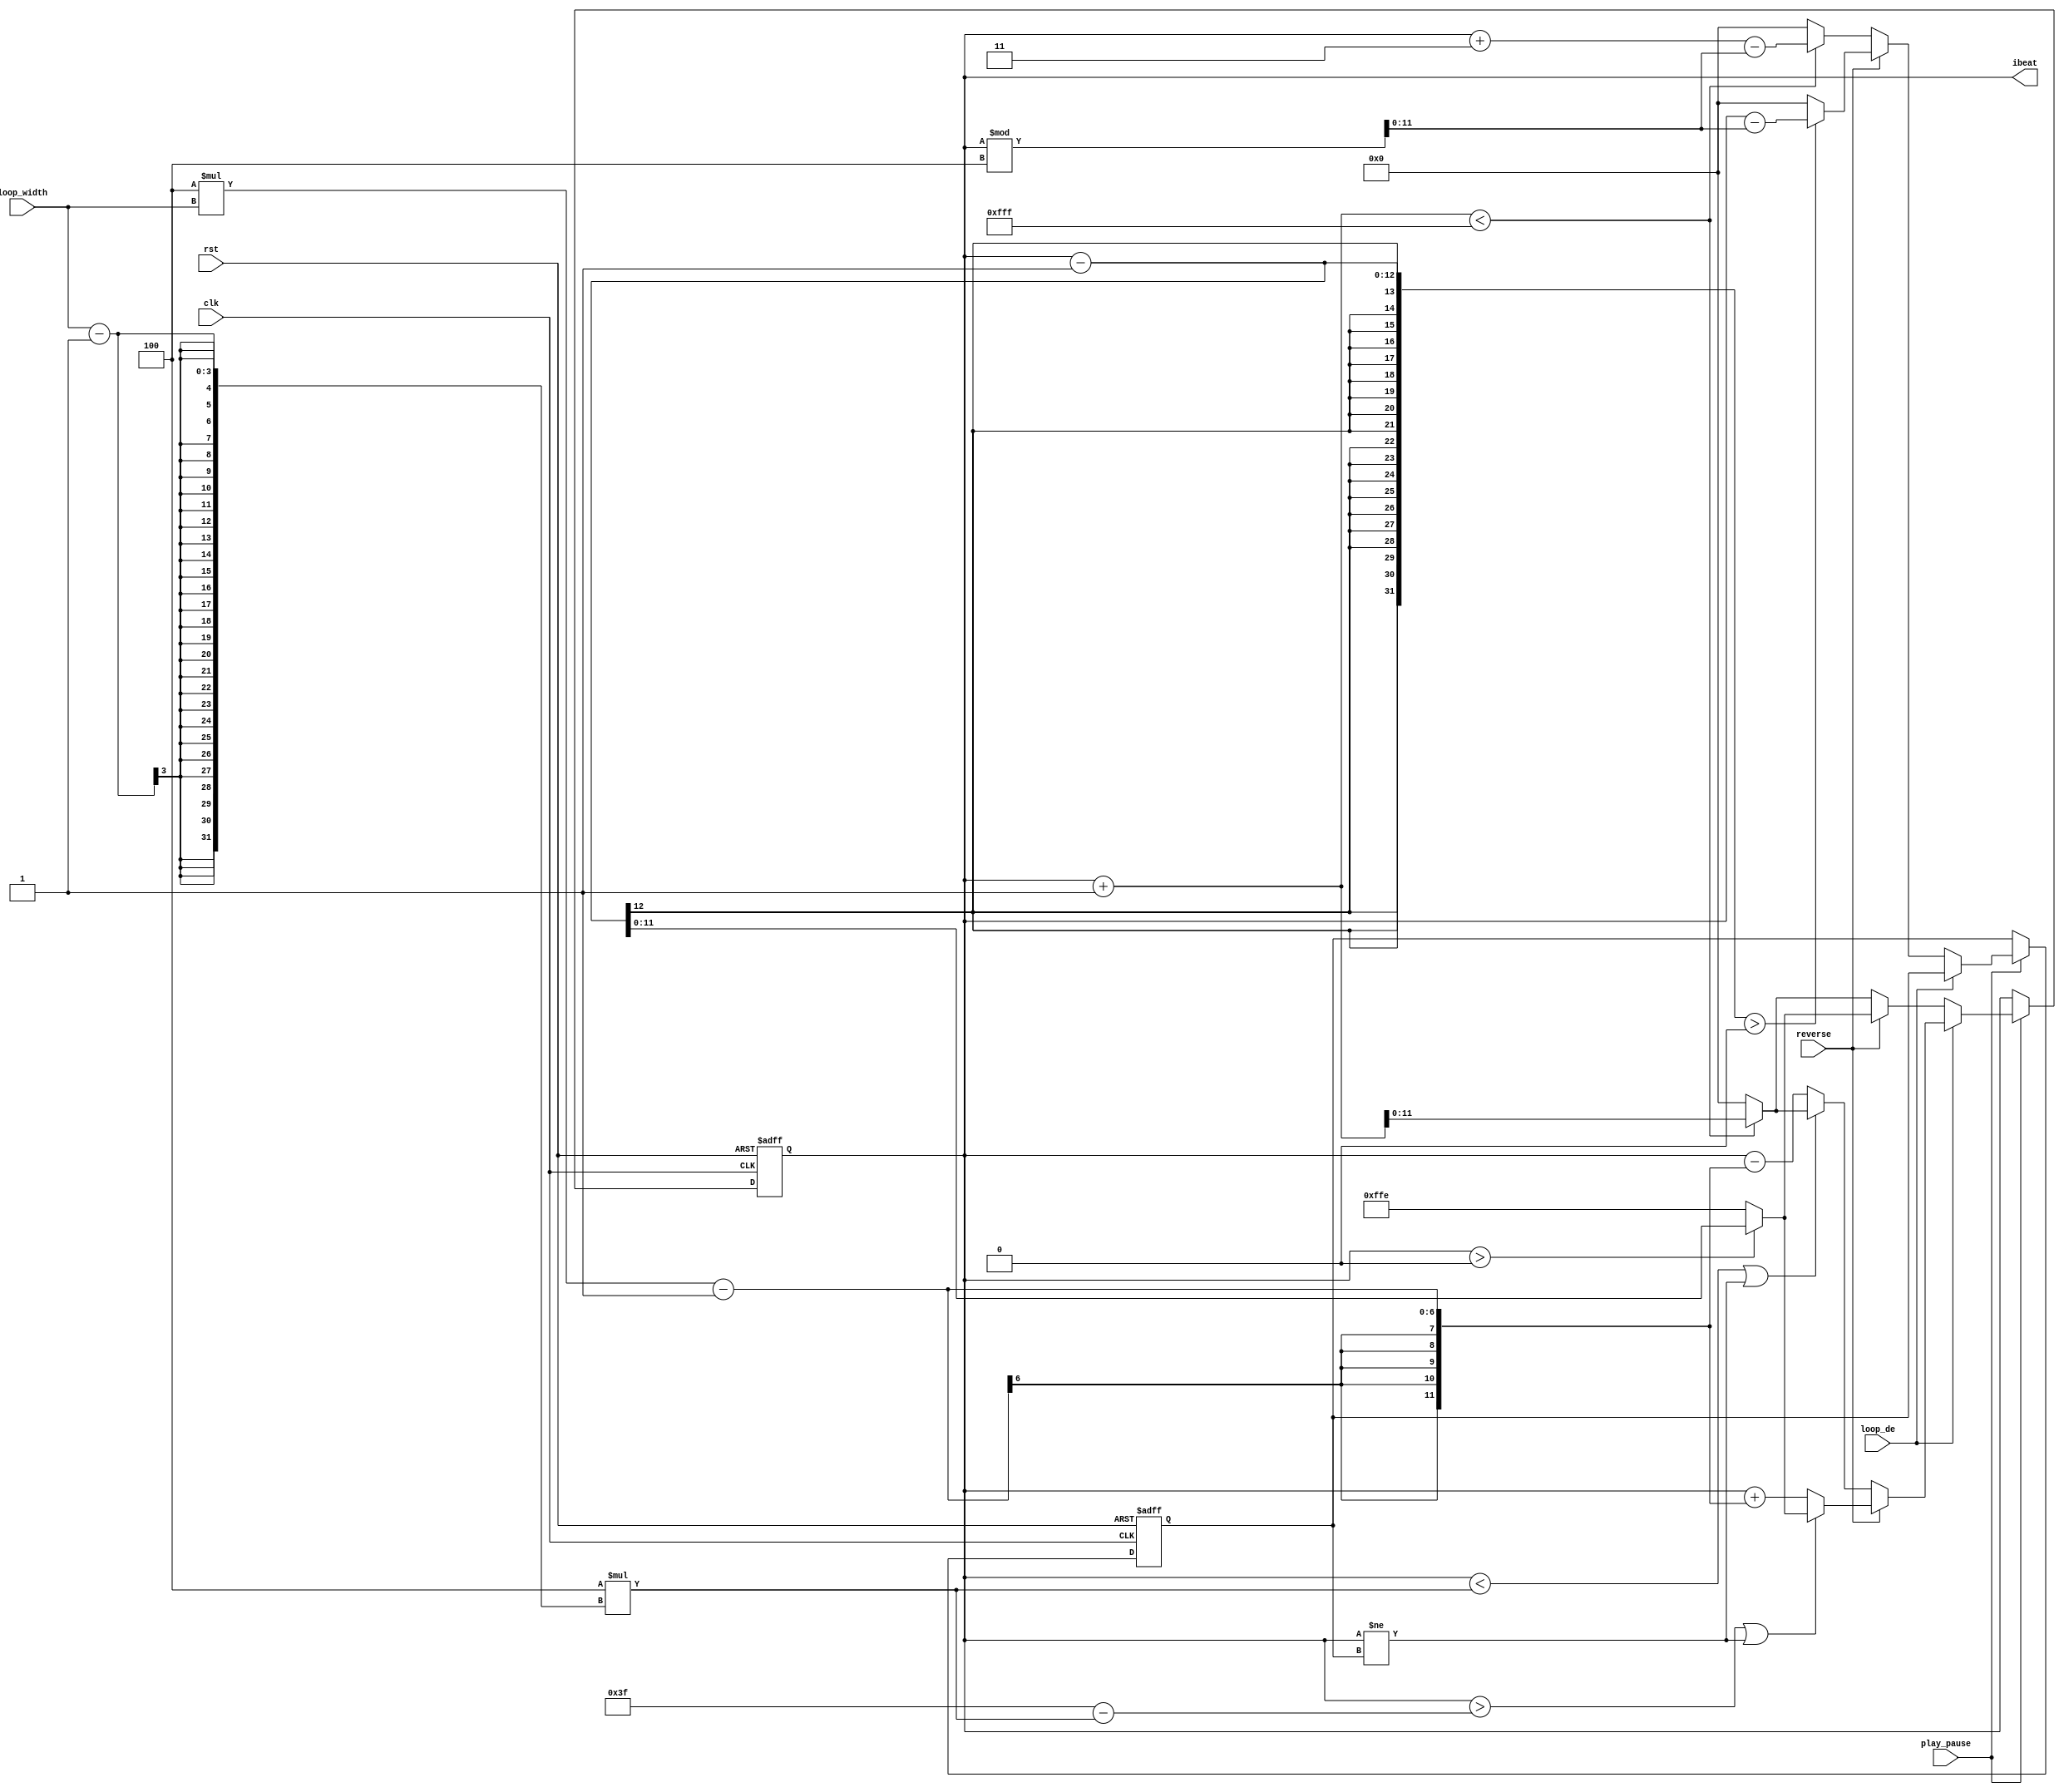
module player_control (
	input clk, 
	input rst,
	input play_pause,
	input loop_de,
	input [2:0] loop_width,
	input reverse,
	output reg [11:0] ibeat
);
	parameter LEN = 4095;
    reg [11:0] next_ibeat;
	reg [11:0] bound, bound_next;


	always @(posedge clk, posedge rst) begin
		if (rst) begin
			ibeat <= 0;
			bound <= 0;
		end else begin
            ibeat <= next_ibeat;
			bound <= bound_next;
		end
	end

	/*
	looping idea:
		once pressed the loop button, variable 'bound' will record the upper bound of current ibeat,
		and ibeat will immediately jump 4 notes to the front, then ibeat increase by 1 as usual.
		When ibeat == bound, ibeat will jump 4 notes to the front again...so on and so forth.
		(notice that this effect doesnt work on the rightmost three leds, since we jumps 4 notes to the front)

	always update 'bound' when not pressing loop button
	once the loop button is pressed, we can directly use this information
	*/
    always @* begin
		next_ibeat = ibeat;
		bound_next = bound;
		if(play_pause) begin	//play
			if(!loop_de) begin
				if(reverse) begin
					next_ibeat = (ibeat > 0) ? (ibeat - 1) : LEN-1;
					
					bound_next = (ibeat - 1 > 0) ? (ibeat - (ibeat%4)) : 0;
				end else begin
					next_ibeat = (ibeat + 1 < LEN) ? (ibeat + 1) : 0;
					//check the boundary case, (ibeat + 3 - (ibeat%4)) is the upper bound of the current ibeat range
					bound_next = (ibeat + 1 < LEN) ? (ibeat + 3 - (ibeat%4)) : 0;
				end
			end else begin
				if(reverse) begin
					if(ibeat > 63 - 4*(loop_width-1) || ibeat != bound) begin
						next_ibeat = (ibeat > 0) ? (ibeat - 1) : LEN-1;
					end else begin
						next_ibeat = ibeat + (4*loop_width-1);
					end
				end else begin
					if(ibeat < 4*(loop_width-1) || ibeat != bound) begin	//loop width=4 => ibeat<12. general form = ibeat < 4*(loop_width-1)
						next_ibeat = (ibeat + 1 < LEN) ? (ibeat + 1) : 0;
					end else begin	//loop width=4 => ibeat-15. general form = ibeat - (4*loop_width-1)
						next_ibeat = ibeat - (4*loop_width-1);	//when reaching the bound, go back [loop_width] note
					end
				end
			end
		end
    end
endmodule